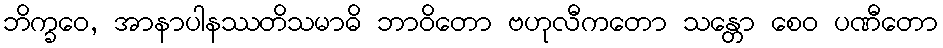
ဘိက္ခဝေ, အာနာပါနဿတိသမာဓိ ဘာဝိတော ဗဟုလီကတော သန္တော စေဝ ပဏီတော